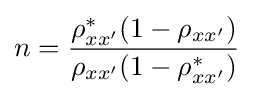
n={\frac {{\rho }_{xx'}^{*}(1-{\rho }_{xx'})}{{\rho }_{xx'}(1-{\rho }_{xx'}^{*})}}